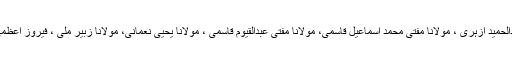
اسٹیج پر مولاناقاضی عبدالاحد ازہری ، مولانا عبدالحمید ازہری ، مولانا مفتی محمد اسماعیل قاسمی، مولانا مفتی عبدالقیوم قاسمی ، مولانا یحییٰ نعمانی، مولانا زبیر ملی ، فیروز اعظمی ، مولانا مختار ملی رحمانی وغیرہ موجود تھے۔